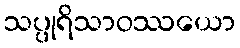
သပ္ပုရိသာဝဿယော